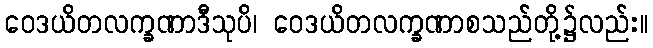
ဝေဒယိတလက္ခဏာဒီသုပိ၊ ဝေဒယိတလက္ခဏာစသည်တို့၌လည်း။